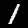
Label: 1